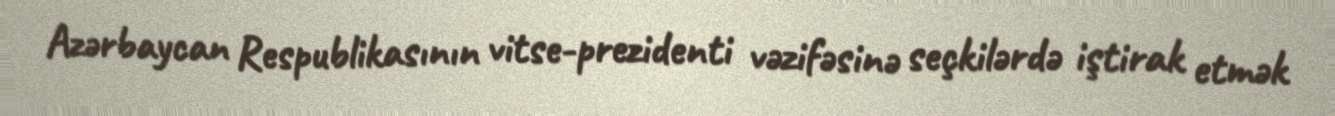
Azərbaycan Respublikasının vitse-prezidenti vəzifəsinə seçkilərdə iştirak etmək